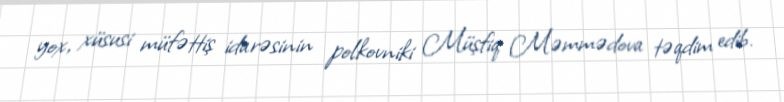
yox, xüsusi müfəttiş idarəsinin polkovniki Müşfiq Məmmədova təqdim edib.